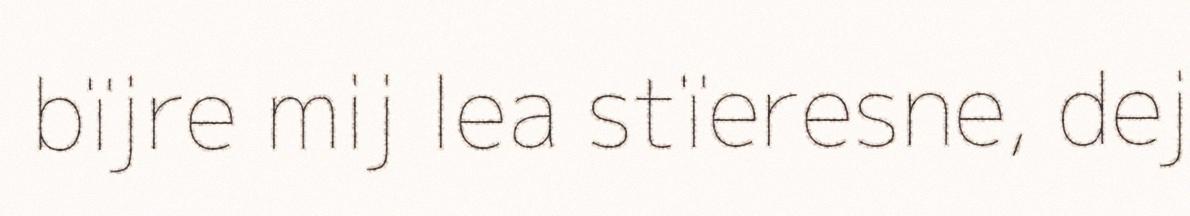
bïjre mij lea stïeresne, dej